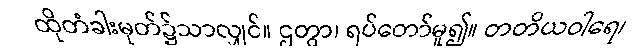
ထိုတံခါးမုတ်၌သာလျှင်။ ဌတွာ၊ ရပ်တော်မူ၍။ တတိယဝါရေ၊